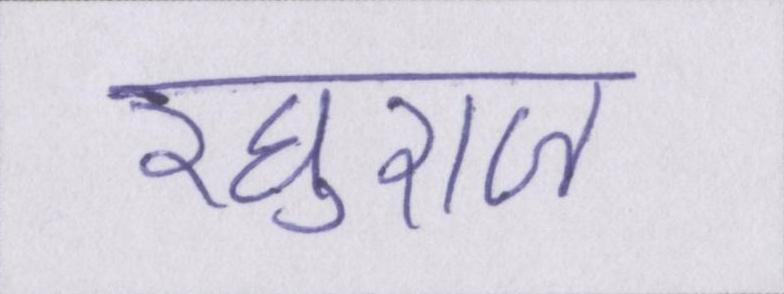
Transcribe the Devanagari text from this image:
रघुराज